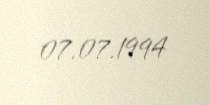
07.07.1994